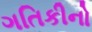
ગતિકીનો